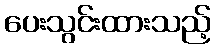
ပေးသွင်းထားသည့်